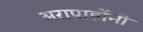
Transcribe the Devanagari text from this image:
अरापाहोंनी